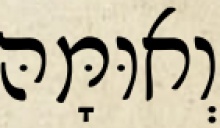
וְאוּמָּהּ